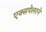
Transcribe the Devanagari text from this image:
एक्सपेलरने